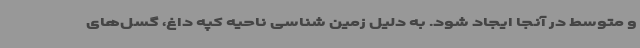
و متوسط در آنجا ایجاد شود. به دلیل زمین شناسی ناحیه کپه داغ، گسل‌های